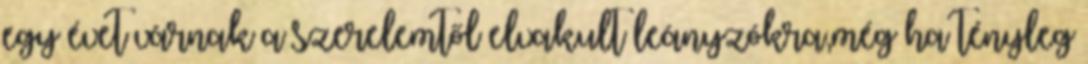
egy évet várnak a szerelemtől elvakult leányzókra,még ha tényleg